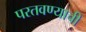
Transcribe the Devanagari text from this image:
परतवण्याची